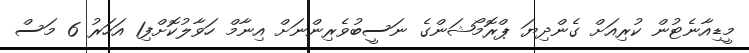
މީޑިއާނެޓުން ކުރިއަށް ގެންދިޔަ ޕްރޮމޯޝަންގެ ނަސީބުވެރިންނަށް އިނާމް ހަވާލުކޮށްފި1 އަހަރު 6 މަސް